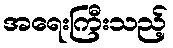
အရေးကြီးသည့်